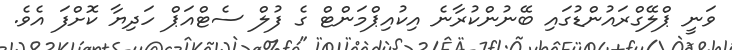
ވަނީ ޕްލޭގްރައުންޑުގައި ބޭނުންކުރާނެ އިކުއިޕްމަންޓް ގެ ފުލް ސެޓްއަޕް ހަދިޔާ ކޮށްފަ އެވެ.